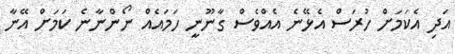
އަދި އެކަމަށް ހުރަސް އެޅޭނެ އެއްވެސް ގާނޫނީ ހަމައެއް ނޯންނާނެ ކަމަށް އޭނާ